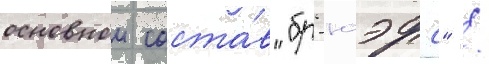
основнои соста́в "бр'юэрс" /